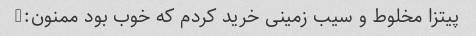
پیتزا مخلوط و سیب زمینى خرید کردم که خوب بود ممنون:)